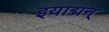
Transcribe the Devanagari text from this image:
इयाद्मन्